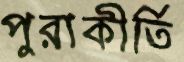
পুরাকীর্তি